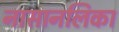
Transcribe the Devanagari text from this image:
नासानलिका